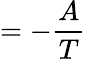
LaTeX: =-{\frac{A}{T}}